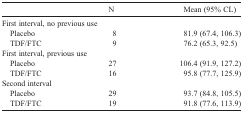
<table><thead><tr><td></td><td><b>N</b></td><td><b>Mean (95% CL)</b></td></tr></thead><tbody><tr><td colspan="3">First interval, no previous use</td></tr><tr><td> Placebo</td><td>8</td><td>81.9 (67.4, 106.3)</td></tr><tr><td> TDF/FTC</td><td>9</td><td>76.2 (65.3, 92.5)</td></tr><tr><td colspan="3">First interval, previous use</td></tr><tr><td> Placebo</td><td>27</td><td>106.4 (91.9, 127.2)</td></tr><tr><td> TDF/FTC</td><td>16</td><td>95.8 (77.7, 125.9)</td></tr><tr><td colspan="3">Second interval</td></tr><tr><td> Placebo</td><td>29</td><td>93.7 (84.8, 105.5)</td></tr><tr><td> TDF/FTC</td><td>19</td><td>91.8 (77.6, 113.9)</td></tr></tbody></table>